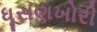
ધૂસણખોરી